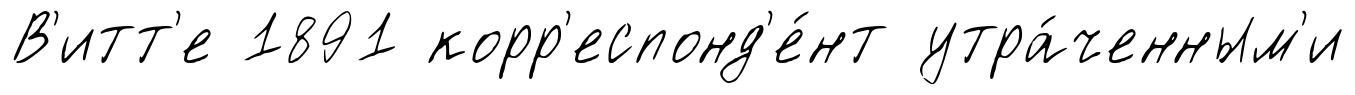
В'итт'е 1891 корр'еспонд'е́нт утра́ченным'и